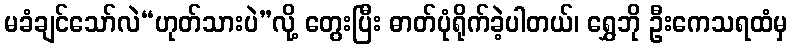
မခံချင်သော်လဲ“ဟုတ်သားပဲ”လို့ တွေးပြီး ဓာတ်ပုံရိုက်ခဲ့ပါတယ်၊ ရွှေဘို ဦးကေသရထံမှ